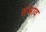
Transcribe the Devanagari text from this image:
संश्राव